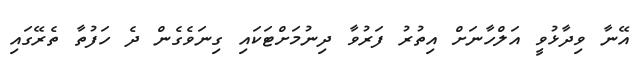
އޭނާ ވިދާޅުވީ އަލްހާނަށް އިތުރު ފަރުވާ ދިނުމަށްޓަކައި ގިނަވެގެން ދެ ހަފުތާ ތެރޭގައި